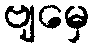
ဗျမှေ